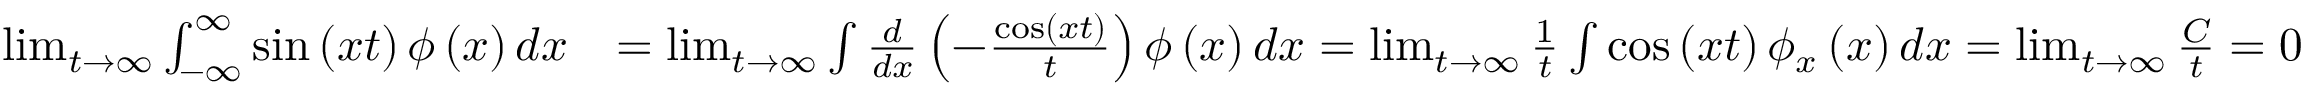
\begin{array} { r l } { \operatorname* { l i m } _ { t \rightarrow \infty } \int _ { - \infty } ^ { \infty } \sin \left( x t \right) \phi \left( x \right) d x } & { = \operatorname* { l i m } _ { t \rightarrow \infty } \int \frac { d } { d x } \left( - \frac { \cos \left( x t \right) } { t } \right) \phi \left( x \right) d x = \operatorname* { l i m } _ { t \rightarrow \infty } \frac { 1 } { t } \int \cos \left( x t \right) \phi _ { x } \left( x \right) d x = \operatorname* { l i m } _ { t \rightarrow \infty } \frac { C } { t } = 0 } \end{array}